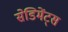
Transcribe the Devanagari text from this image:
सेडिमेंट्स